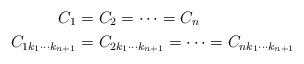
LaTeX: \begin{align*}C_1 &= C_2 = \cdots = C_n \\C_{1 k_1 \cdots k_{n+1}} &= C_{2 k_1 \cdots k_{n+1}} = \cdots = C_{n k_1 \cdots k_{n+1}}\end{align*}